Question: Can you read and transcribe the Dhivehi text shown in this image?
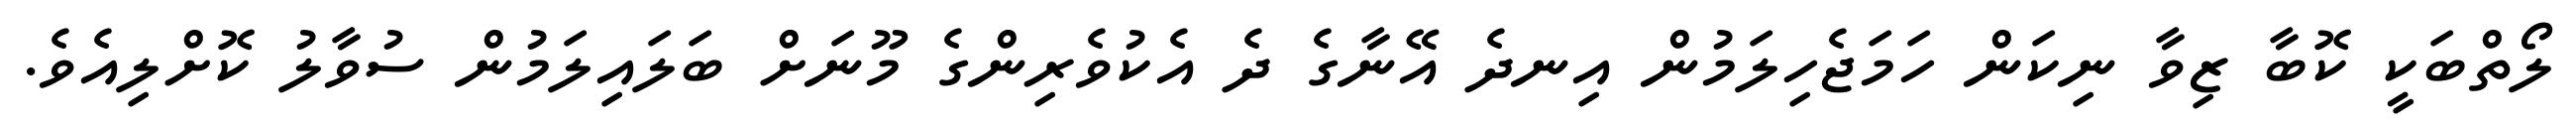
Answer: ލޯތްބަކީ ކޮބާ ޒިވާ ނިކަން ހަމަޖެހިލަމުން އިނދެ އޭނާގެ ދެ އެކުވެރިންގެ މޫނަށް ބަލައިލަމުން ސުވާލު ކޮށްލިއެވެ.